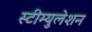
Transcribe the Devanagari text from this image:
स्टीम्युलेशन